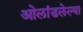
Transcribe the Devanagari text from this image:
ओलांडलेल्या